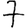
Digit: 7